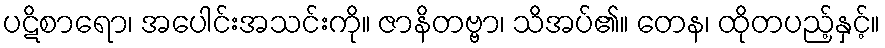
ပဋိစာရော၊ အပေါင်းအသင်းကို။ ဇာနိတဗ္ဗာ၊ သိအပ်၏။ တေန၊ ထိုတပည့်နှင့်။